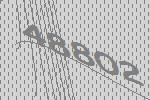
48802